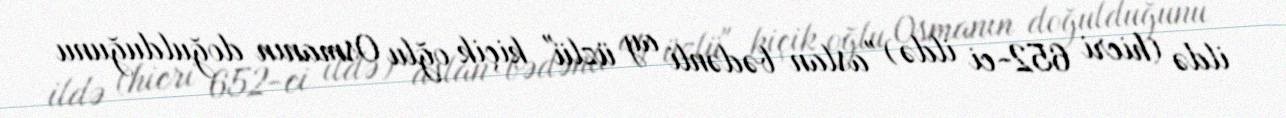
ildə (hicri 652-ci ildə) "aslan bədənli ay üzlü" kiçik oğlu Osmanın doğulduğunu